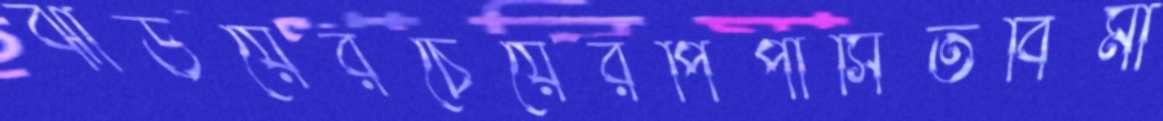
ঝাউয়েরচেয়েরপিপাসিতবিমা